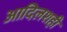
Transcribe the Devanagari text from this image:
आदिलशही